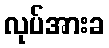
လုပ်အားခ